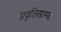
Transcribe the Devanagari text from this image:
प्रवृत्तिसाम्य